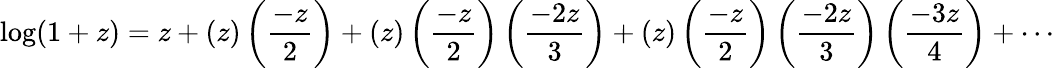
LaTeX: \log(1+z)=z+(z)\left({\frac{-z}{2}}\right)+(z)\left({\frac{-z}{2}}\right)\left({\frac{-2z}{3}}\right)+(z)\left({\frac{-z}{2}}\right)\left({\frac{-2z}{3}}\right)\left({\frac{-3z}{4}}\right)+\cdots